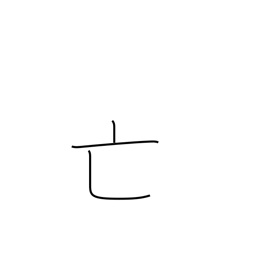
Meaning: dying